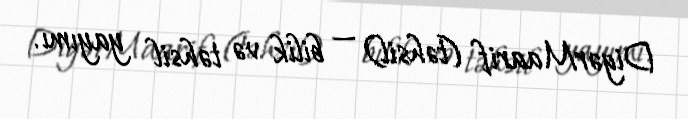
DigərMaarif (təhsil) — bilik və təhsil yayımı.